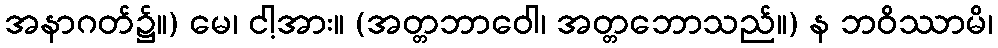
အနာဂတ်၌။) မေ၊ ငါ့အား။ (အတ္တဘာဝေါ၊ အတ္တဘောသည်။) န ဘဝိဿာမိ၊